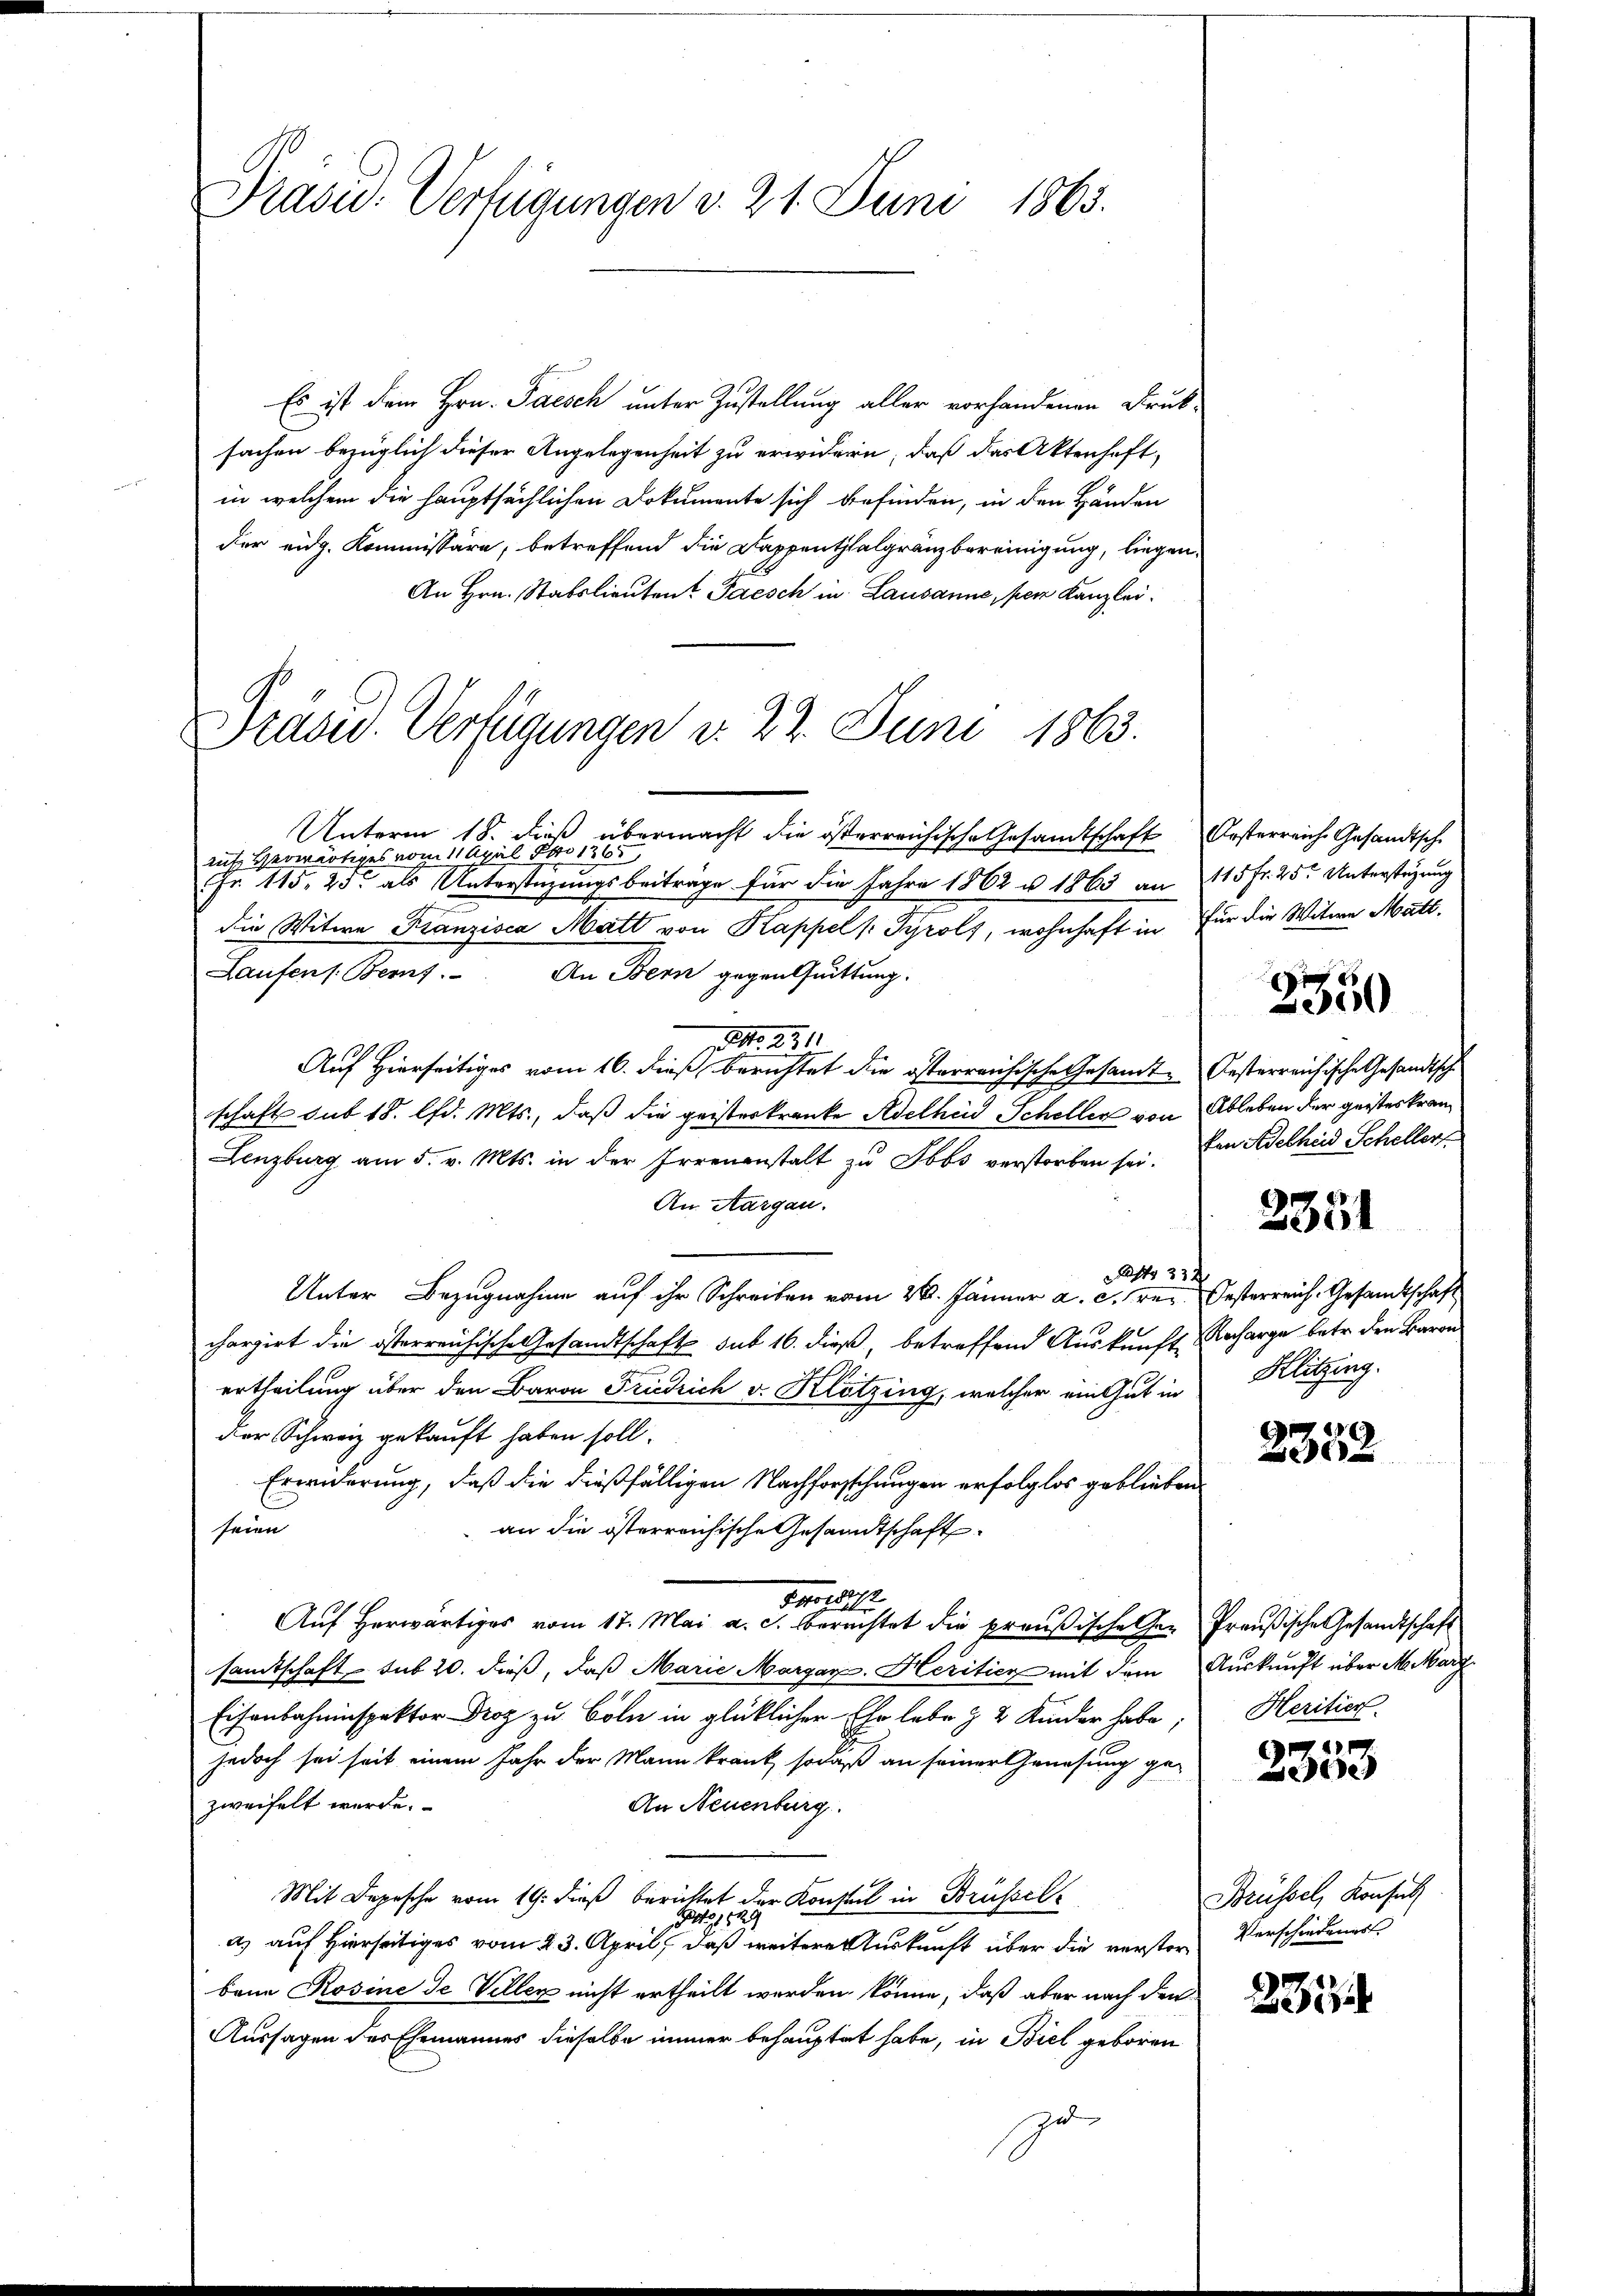
Stdou. Verfügungen d. 22. Juni 1863.

Präsid. Verfügungen v. 21. Juni 1865.

Es ist dem Hrn. Pasch unter Zustellung aller vorhandenen Druck-
sachen bezüglich dieser Angelegenheit zu erwidern, daß das Aktenhaft,
in welchem die hauptsächlichen Dokumente sich befinden, in den Händen
der eidg. Kommissäre, betreffend die Kappenthalgränzbereinigung, liegen
An Hrn. Stabslieuten Pasch in Lausanne, per Kanzlei.
Unterm 18. dieß übermacht die österreichische Gesandtschaft Oesterreich Gesandtsch
mut, Herwärtiges vom 11. April Po 1365
Fr. 115, 25. als Unterstüzungsbeiträge für die Jahre 1862 u. 1863 an 115 fr. 25t Unterstüzung
die Witwe Franzisca Matt von Kappel /: Tyrols, wohnhaft in für die Witwe Matt.
Laufen s. Berns. An Bern gegen Quittung.
Art. 231
Auf Hierseitiges vom 16. dieß berichtet die österreichische Gesamte Oesterreichische Gesandtsch
schaft sub 18. lfd. Mts., daß die geisteskranke Adelheid Scheller von Ableben der geisteskran¬
Lenzburg am 5. v. Mts. in der Errenanstalt zu Sbbs verstorben sei. Den Adelheid Scheller
An Aargau.
 334
Unter Bezugnahme auf ihr Schreiben vom 26. Jänner a. c. rer. Oesterreich. Gesandtschaft
4
chargirt die österreichische Gesandtschaft sub 16. dieß, betreffend Auskunft Recharge betr. den Baron
ertheilung über den Baron Friedrich v. Klotzing, welcher ein Gut in
der Schweiz gekauft haben soll.
Erwiderung, daß die dießfälligen Nachforschungen erfolglos geblieben
seien
an die österreichische Gesandtschaft
Froiss
Aŭf herwärtiges vom 17. Mai a. c. berechtet die preußische Ge- Preŭβische Gesandtschaft
samtschaft sub 20. dieß, daß Marie Margar. Heritier mit dem Auskunft über M. Marz
Eisenbahninspektor Droz zu Cöln in glücklicher Ehr lebe & 2 Kinder habe;
jedoch sei seit einem Jahr der Mann krank, sodaß an seiner Genesung ge-
zweifelt werde.
An Neuenburg.
Mit Depesche vom 19. dieß berichtet der Konsul in Brüssel
12
a) auf Hierseitiges vom 23. April, daß weitere Auskunft über die verstorbana Rosine de Veller nicht ertheilt worden könne, daß aber nach den
Aussagen des Ehemannes dieselbe immer behauptet habe, in Biel geboren
zu

i
00

2351

Hlitzing.

6
u

Heritier.

43.
aede

Brüssel, Konsul
Verschiedens

235